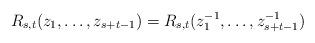
LaTeX: \begin{align*}R_{s,t}(z_1,\ldots,z_{s+t-1}) = R_{s,t}(z_1^{-1},\ldots,z_{s+t-1}^{-1})\end{align*}